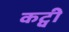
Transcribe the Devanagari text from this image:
कट्वी